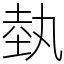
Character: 埶